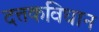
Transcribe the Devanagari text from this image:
दत्तकविधान